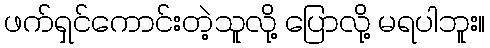
ဖက်ရှင်ကောင်းတဲ့သူလို့ ပြောလို့ မရပါဘူး။